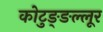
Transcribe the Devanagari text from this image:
कोटुङ्ङल्लूर